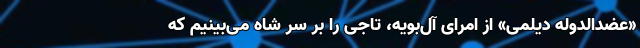
«عضدالدوله دیلمی» از امرای آل‌بویه، تاجی را بر سر شاه می‌بینیم که